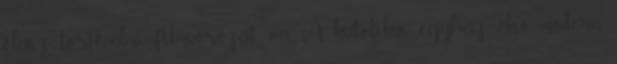
olasz történelmi filmsorozat, 2008 A katolikus egyház első modern